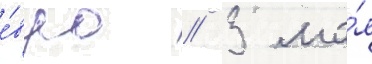
е́вро // 3 ма́я